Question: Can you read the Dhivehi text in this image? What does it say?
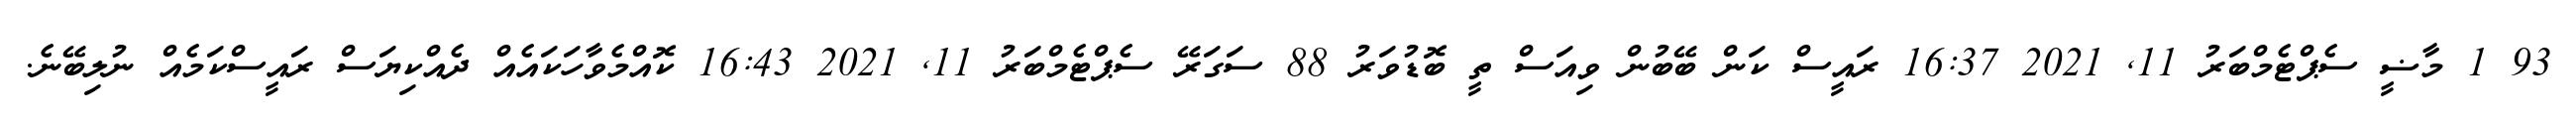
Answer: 93 1 މާޟީ ސެޕްޓެމްބަރު 11, 2021 16:37 ރައީސް ކަން ބޭބުން ވިއަސް ތީ ބޮޑުވަރު 88 ސަގަރޭ ސެޕްޓެމްބަރު 11, 2021 16:43 ކޮއްމެވާހަކައެއް ދެއްކިޔަސް ރައީސްކަމެއް ނުލިބޭނެ.